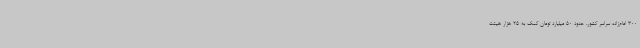
300 امام‌زاده سراسر کشور، حدود 50 میلیارد تومان کمک به 25 هزار هیئت